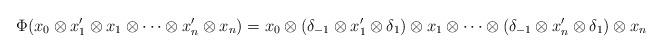
LaTeX: \begin{align*}\Phi(x_0 \otimes x'_1 \otimes x_1 \otimes \cdots \otimes x'_n \otimes x_n) = x_0 \otimes (\delta_{-1} \otimes x'_1 \otimes \delta_{1}) \otimes x_1 \otimes \cdots \otimes (\delta_{-1} \otimes x'_n \otimes \delta_{1}) \otimes x_n\end{align*}